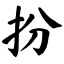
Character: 扮